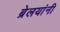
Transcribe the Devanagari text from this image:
ब्रेलयांनी